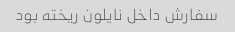
سفارش داخل نایلون ریخته بود